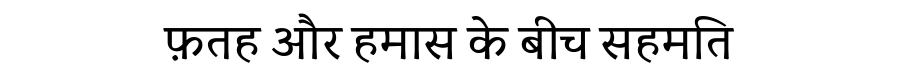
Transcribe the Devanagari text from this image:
फ़तह और हमास के बीच सहमति